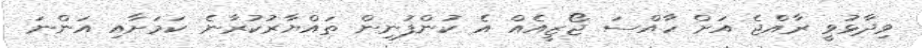
ވިދާޅުވީ ރާއްޖެ އަށް ހާއްސަ ޖޯޒީއެއް އެ ކުންފުނިން ތައްޔާރުކުރާނެ ކަމަށާއި އަންނަ